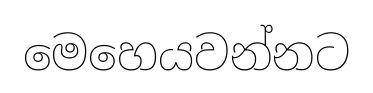
මෙහෙයවන්නට